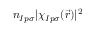
n _ { I p \sigma } | \chi _ { I p \sigma } ( \vec { r } ) | ^ { 2 }